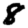
Digit: 8